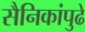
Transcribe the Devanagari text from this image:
सैनिकांपुढे